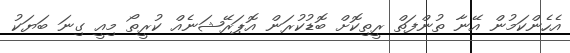
އެހެންކަމުން އޭނާ ތުންފަތް ރީތިކޮށް ބޮޑުކުރަން އޮޕަރޭޝަނެއް ކުރީތޯ މިއީ ގިނަ ބަޔަކު